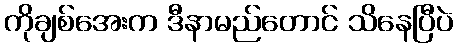
ကိုချစ်အေးက ဒီနာမည်တောင် သိနေပြီပဲ